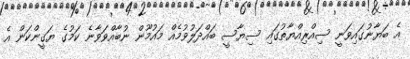
އެ ބަޔާނުގައިވަނީ ސިއްރިއްޔާތުގައި ސިޔާސީ ބައްދަލުވުމެއް މައުމޫން ނުބާއްވަވާނެ ކަމުގެ ޔަގީންކަން އެ